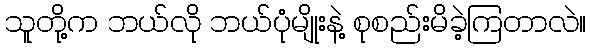
သူတို့က ဘယ်လို ဘယ်ပုံမျိုးနဲ့ စုစည်းမိခဲ့ကြတာလဲ။